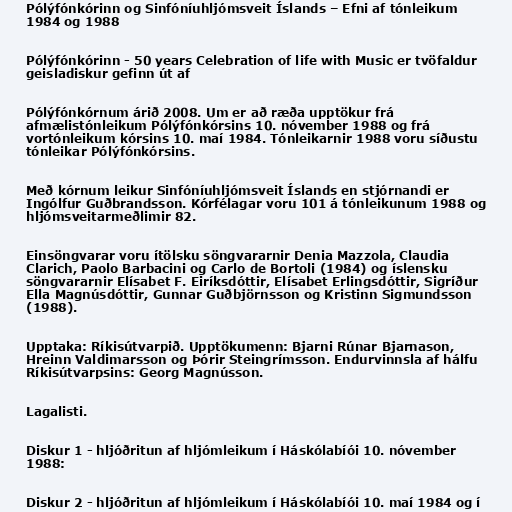
Pólýfónkórinn og Sinfóníuhljómsveit Íslands – Efni af tónleikum
1984 og 1988

Pólýfónkórinn - 50 years Celebration of life with Music er tvöfaldur
geisladiskur gefinn út af

Pólýfónkórnum árið 2008. Um er að ræða upptökur frá
afmælistónleikum Pólýfónkórsins 10. nóvember 1988 og frá
vortónleikum kórsins 10. maí 1984. Tónleikarnir 1988 voru síðustu
tónleikar Pólýfónkórsins.

Með kórnum leikur Sinfóníuhljómsveit Íslands en stjórnandi er
Ingólfur Guðbrandsson. Kórfélagar voru 101 á tónleikunum 1988 og
hljómsveitarmeðlimir 82.

Einsöngvarar voru ítölsku söngvararnir Denia Mazzola, Claudia
Clarich, Paolo Barbacini og Carlo de Bortoli (1984) og íslensku
söngvararnir Elísabet F. Eiríksdóttir, Elísabet Erlingsdóttir, Sigríður
Ella Magnúsdóttir, Gunnar Guðbjörnsson og Kristinn Sigmundsson
(1988).

Upptaka: Ríkisútvarpið. Upptökumenn: Bjarni Rúnar Bjarnason,
Hreinn Valdimarsson og Þórir Steingrímsson. Endurvinnsla af hálfu
Ríkisútvarpsins: Georg Magnússon.

Lagalisti.

Diskur 1 - hljóðritun af hljómleikum í Háskólabíói 10. nóvember
1988:

Diskur 2 - hljóðritun af hljómleikum í Háskólabíói 10. maí 1984 og í